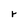
Character: r